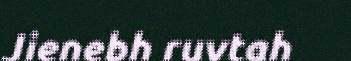
Jienebh ruvtah